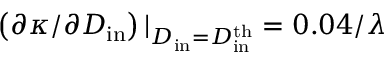
\left( \partial \kappa / \partial D _ { \mathrm { i n } } \right) \vert _ { D _ { \mathrm { i n } } = D _ { \mathrm { i n } } ^ { \mathrm { t h } } } = 0 . 0 4 / \lambda